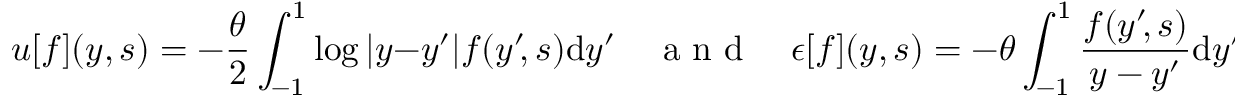
u [ f ] ( y , s ) = - \frac { \theta } { 2 } \int _ { - 1 } ^ { 1 } \log | y - y ^ { \prime } | f ( y ^ { \prime } \! , s ) \mathrm { d } y ^ { \prime } \quad \mathrm { ~ a ~ n ~ d ~ } \quad \epsilon [ f ] ( y , s ) = - \theta \int _ { - 1 } ^ { 1 } \frac { f ( y ^ { \prime } \! , s ) } { y - y ^ { \prime } } \mathrm { d } y ^ { \prime } \! ,